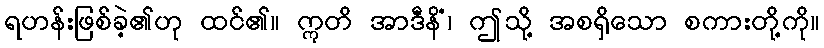
ရဟန်းဖြစ်ခဲ့၏ဟု ထင်၏။ ဣတိ အာဒီနိံ၊ ဤသို့ အစရှိသော စကားတို့ကို။